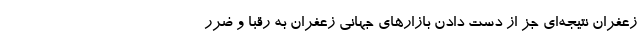
زعفران نتیجه‌ای جز از دست دادن بازارهای جهانی زعفران به رقبا و ضرر